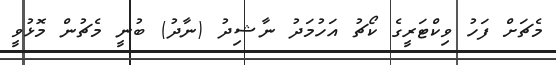
މެޗަށް ފަހު ވިކްޓަރީގެ ކޯޗު އަހުމަދު ނާޝިދު (ނާދު) ބުނީ މެޗުން މޮޅުވީ